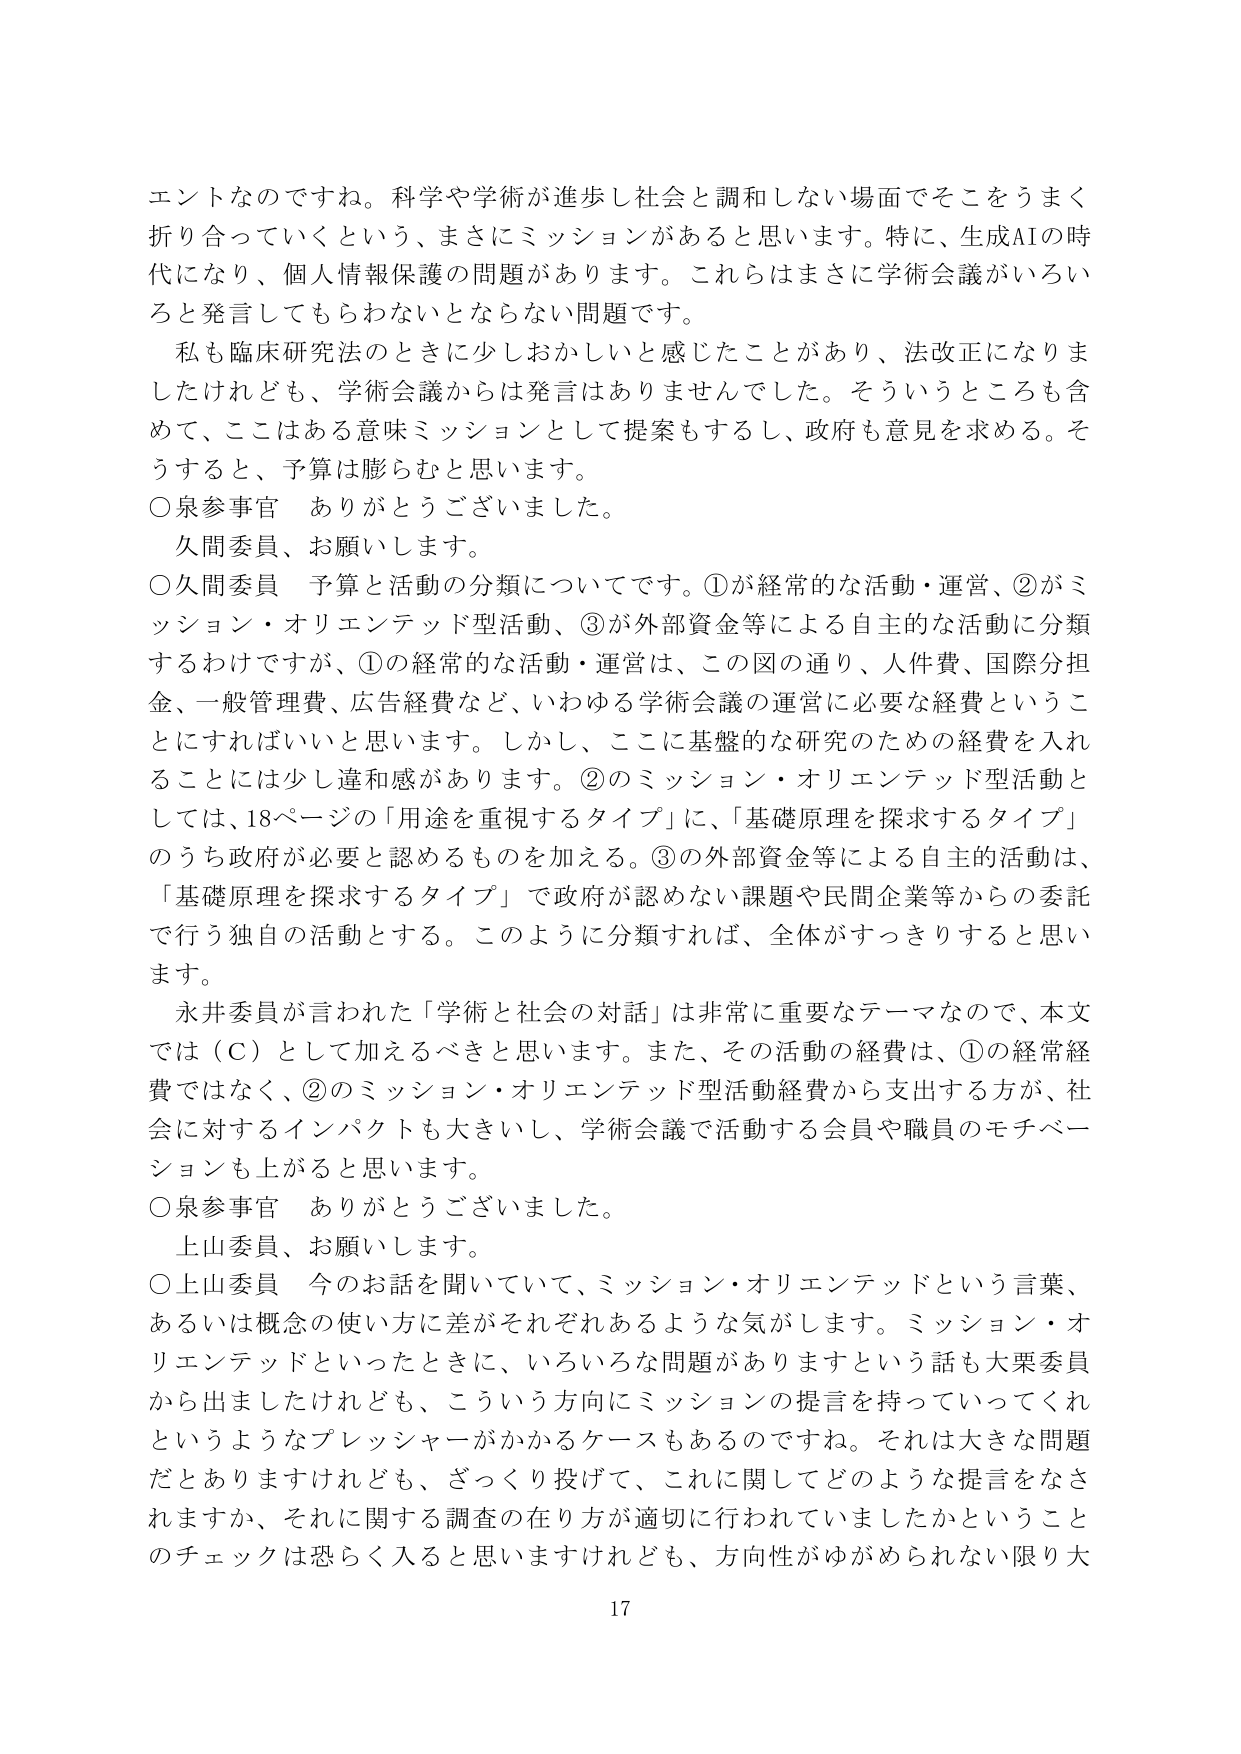
エントなのですね。科学や学術が進歩し社会と調和しない場面でそこをうまく折り合っていくという、まさにミッションがあると思います。特に、生成AIの時代になり、個人情報保護の問題があります。これらはまさに学術会議がいろいろと発言してもらわないとならない問題です。

私も臨床研究法のときに少しおかしいと感じたことがあり、法改正になりましたけれども、学術会議からは発言はありませんでした。そういうところも含めて、ここはある意味ミッションとして提案もするし、政府も意見を求める。そうすると、予算は膨らむと思います。

○泉参事官　ありがとうございました。

久間委員、お願いします。

○久間委員　予算と活動の分類についてです。①が経常的な活動・運営、②がミッション・オリエンテッド型活動、③が外部資金等による自主的な活動に分類するわけですが、①の経常的な活動・運営は、この図の通り、人件費、国際分担金、一般管理費、広告経費など、いわゆる学術会議の運営に必要な経費ということにすればいいと思います。しかし、ここに基盤的な研究のための経費を入れることには少し違和感があります。②のミッション・オリエンテッド型活動としては、18ページの「用途を重視するタイプ」に、「基礎原理を探求するタイプ」のうち政府が必要と認めるものを加える。③の外部資金等による自主的活動は、「基礎原理を探求するタイプ」で政府が認めない課題や民間企業等からの委託で行う独自の活動とする。このように分類すれば、全体がすっきりすると思います。

永井委員が言われた「学術と社会の対話」は非常に重要なテーマなので、本文では（C）として加えるべきと思います。また、その活動の経費は、①の経常経費ではなく、②のミッション・オリエンテッド型活動経費から支出する方が、社会に対するインパクトも大きいし、学術会議で活動する会員や職員のモチベーションも上がると思います。

○泉参事官　ありがとうございました。

上山委員、お願いします。

○上山委員　今のお話を聞いていて、ミッション・オリエンテッドという言葉、あるいは概念の使い方に差がそれぞれあるような気がします。ミッション・オリエンテッドといったときに、いろいろな問題がありますという話も大栗委員から出ましたけれども、こういう方向にミッションの提言を持っていってくれというようなプレッシャーがかかるケースもあるのですね。それは大きな問題だとありますけれども、ざっくり投げて、これに関してどのような提言をなされますか、それに関する調査の在り方が適切に行われていましたかということのチェックは恐らく入ると思いますけれども、方向性がゆがめられない限り大

17